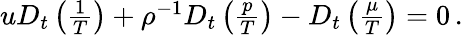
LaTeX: \begin{array}{r}{uD_{t}\left(\frac{1}{T}\right)+\rho^{-1}D_{t}\left(\frac{p}{T}\right)-D_{t}\left(\frac{\mu}{T}\right)=0\, .}\end{array}